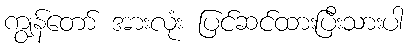
ကျွန်တော် အားလုံး ပြင်ဆင်ထားပြီးသားပါ